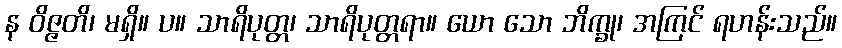
န ဝိဇ္ဇတိ၊ မရှိ။ ပ။ သာရိပုတ္တ၊ သာရိပုတ္တရာ။ ယော သော ဘိက္ခု၊ အကြင် ရဟန်းသည်။